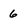
Character: 6